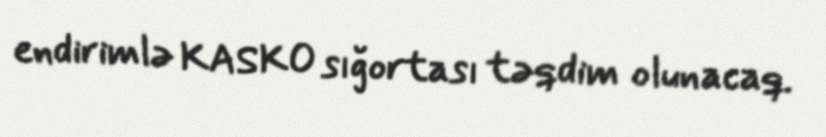
endirimlə KASKO sığortası təqdim olunacaq.